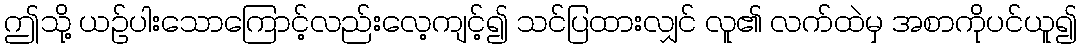
ဤသို့ ယဉ်ပါးသောကြောင့်လည်းလေ့ကျင့်၍ သင်ပြထားလျှင် လူ၏ လက်ထဲမှ အစာကိုပင်ယူ၍